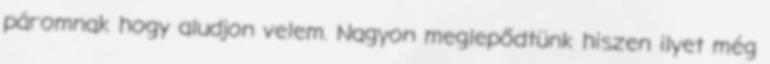
páromnak hogy aludjon velem. Nagyon meglepődtünk hiszen ilyet még